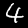
Digit: 4